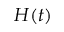
H ( t )